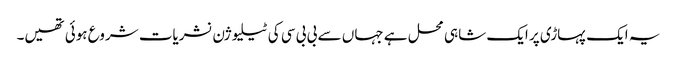
یہ ایک پہاڑی پر ایک شاہی محل ہے جہاں سے بی بی سی کی ٹیلیوژن نشریات شروع ہوئی تھیں۔